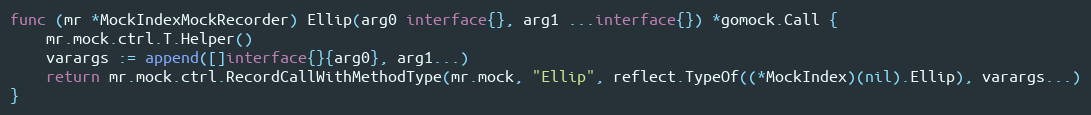
Language: Go
func (mr *MockIndexMockRecorder) Ellip(arg0 interface{}, arg1 ...interface{}) *gomock.Call {
	mr.mock.ctrl.T.Helper()
	varargs := append([]interface{}{arg0}, arg1...)
	return mr.mock.ctrl.RecordCallWithMethodType(mr.mock, "Ellip", reflect.TypeOf((*MockIndex)(nil).Ellip), varargs...)
}